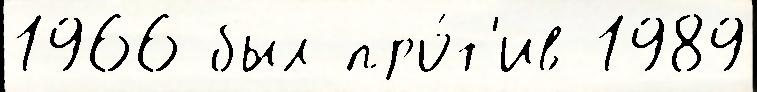
1966 был про́т'ив 1989